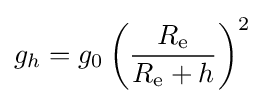
g_{h}=g_{0}\left({\frac {R_{\mathrm {e} }}{R_{\mathrm {e} }+h}}\right)^{2}